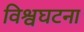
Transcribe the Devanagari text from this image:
विश्वघटना